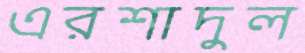
এরশাদুল